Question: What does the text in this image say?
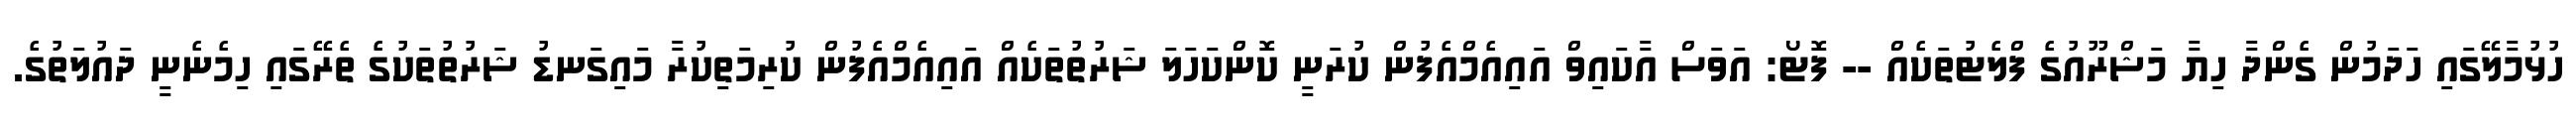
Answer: ހުޅުމާލޭގައި ހަދަމުން ގެންދާ ހިޔާ މަޝްރޫއުގެ ފްލެޓުތަކެއް -- ފޮޓޯ: އަވަސް އާކައިވް އައިއެމްއެފުން ކުރަނީ ކޮންކަހަލަ ޝަރުތުތަކެއް އައިއެމްއެފުން ކުރިމަތިކުރާ މައިގަނޑު ޝަރުތުތަކުގެ ތެރޭގައި ހިމެނެނީ ދައުލަތުގެ.